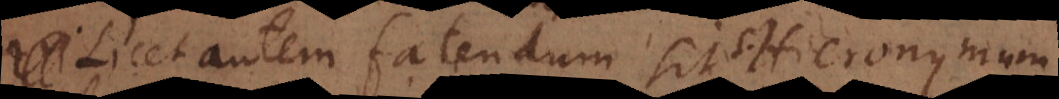
. Licet autem fatendum sit Hieronymum